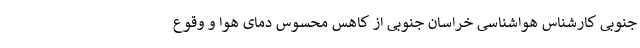
جنوبی کارشناس هواشناسی خراسان جنوبی از کاهس محسوس دمای هوا و وقوع